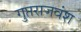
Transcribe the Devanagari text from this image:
गुप्तराजवंश